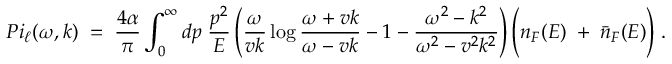
{ P i _ { \ell } ( \omega , k ) \; = \; { \frac { 4 \alpha } { \pi } } \int _ { 0 } ^ { \infty } d p \; { \frac { p ^ { 2 } } { E } } \left( { \frac { \omega } { v k } } \log { \frac { \omega + v k } { \omega - v k } } - 1 - { \frac { \omega ^ { 2 } - k ^ { 2 } } { \omega ^ { 2 } - v ^ { 2 } k ^ { 2 } } } \right) \Bigg ( n _ { F } ( E ) \; + \; { \bar { n } } _ { F } ( E ) \Bigg ) \; . }